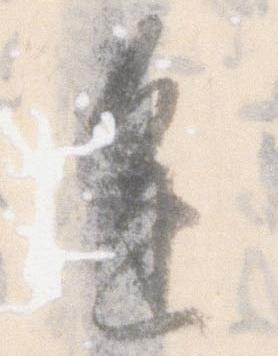
進